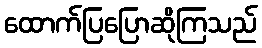
ထောက်ပြပြောဆိုကြသည်